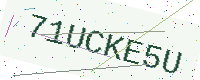
Text: 71UCKE5U